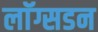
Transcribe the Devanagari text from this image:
लाॅग्सडन